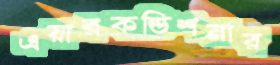
এয়ারকন্ডিশনার